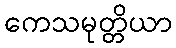
ကေသမုတ္တိယာ